Aleksander_Warma, lk 21
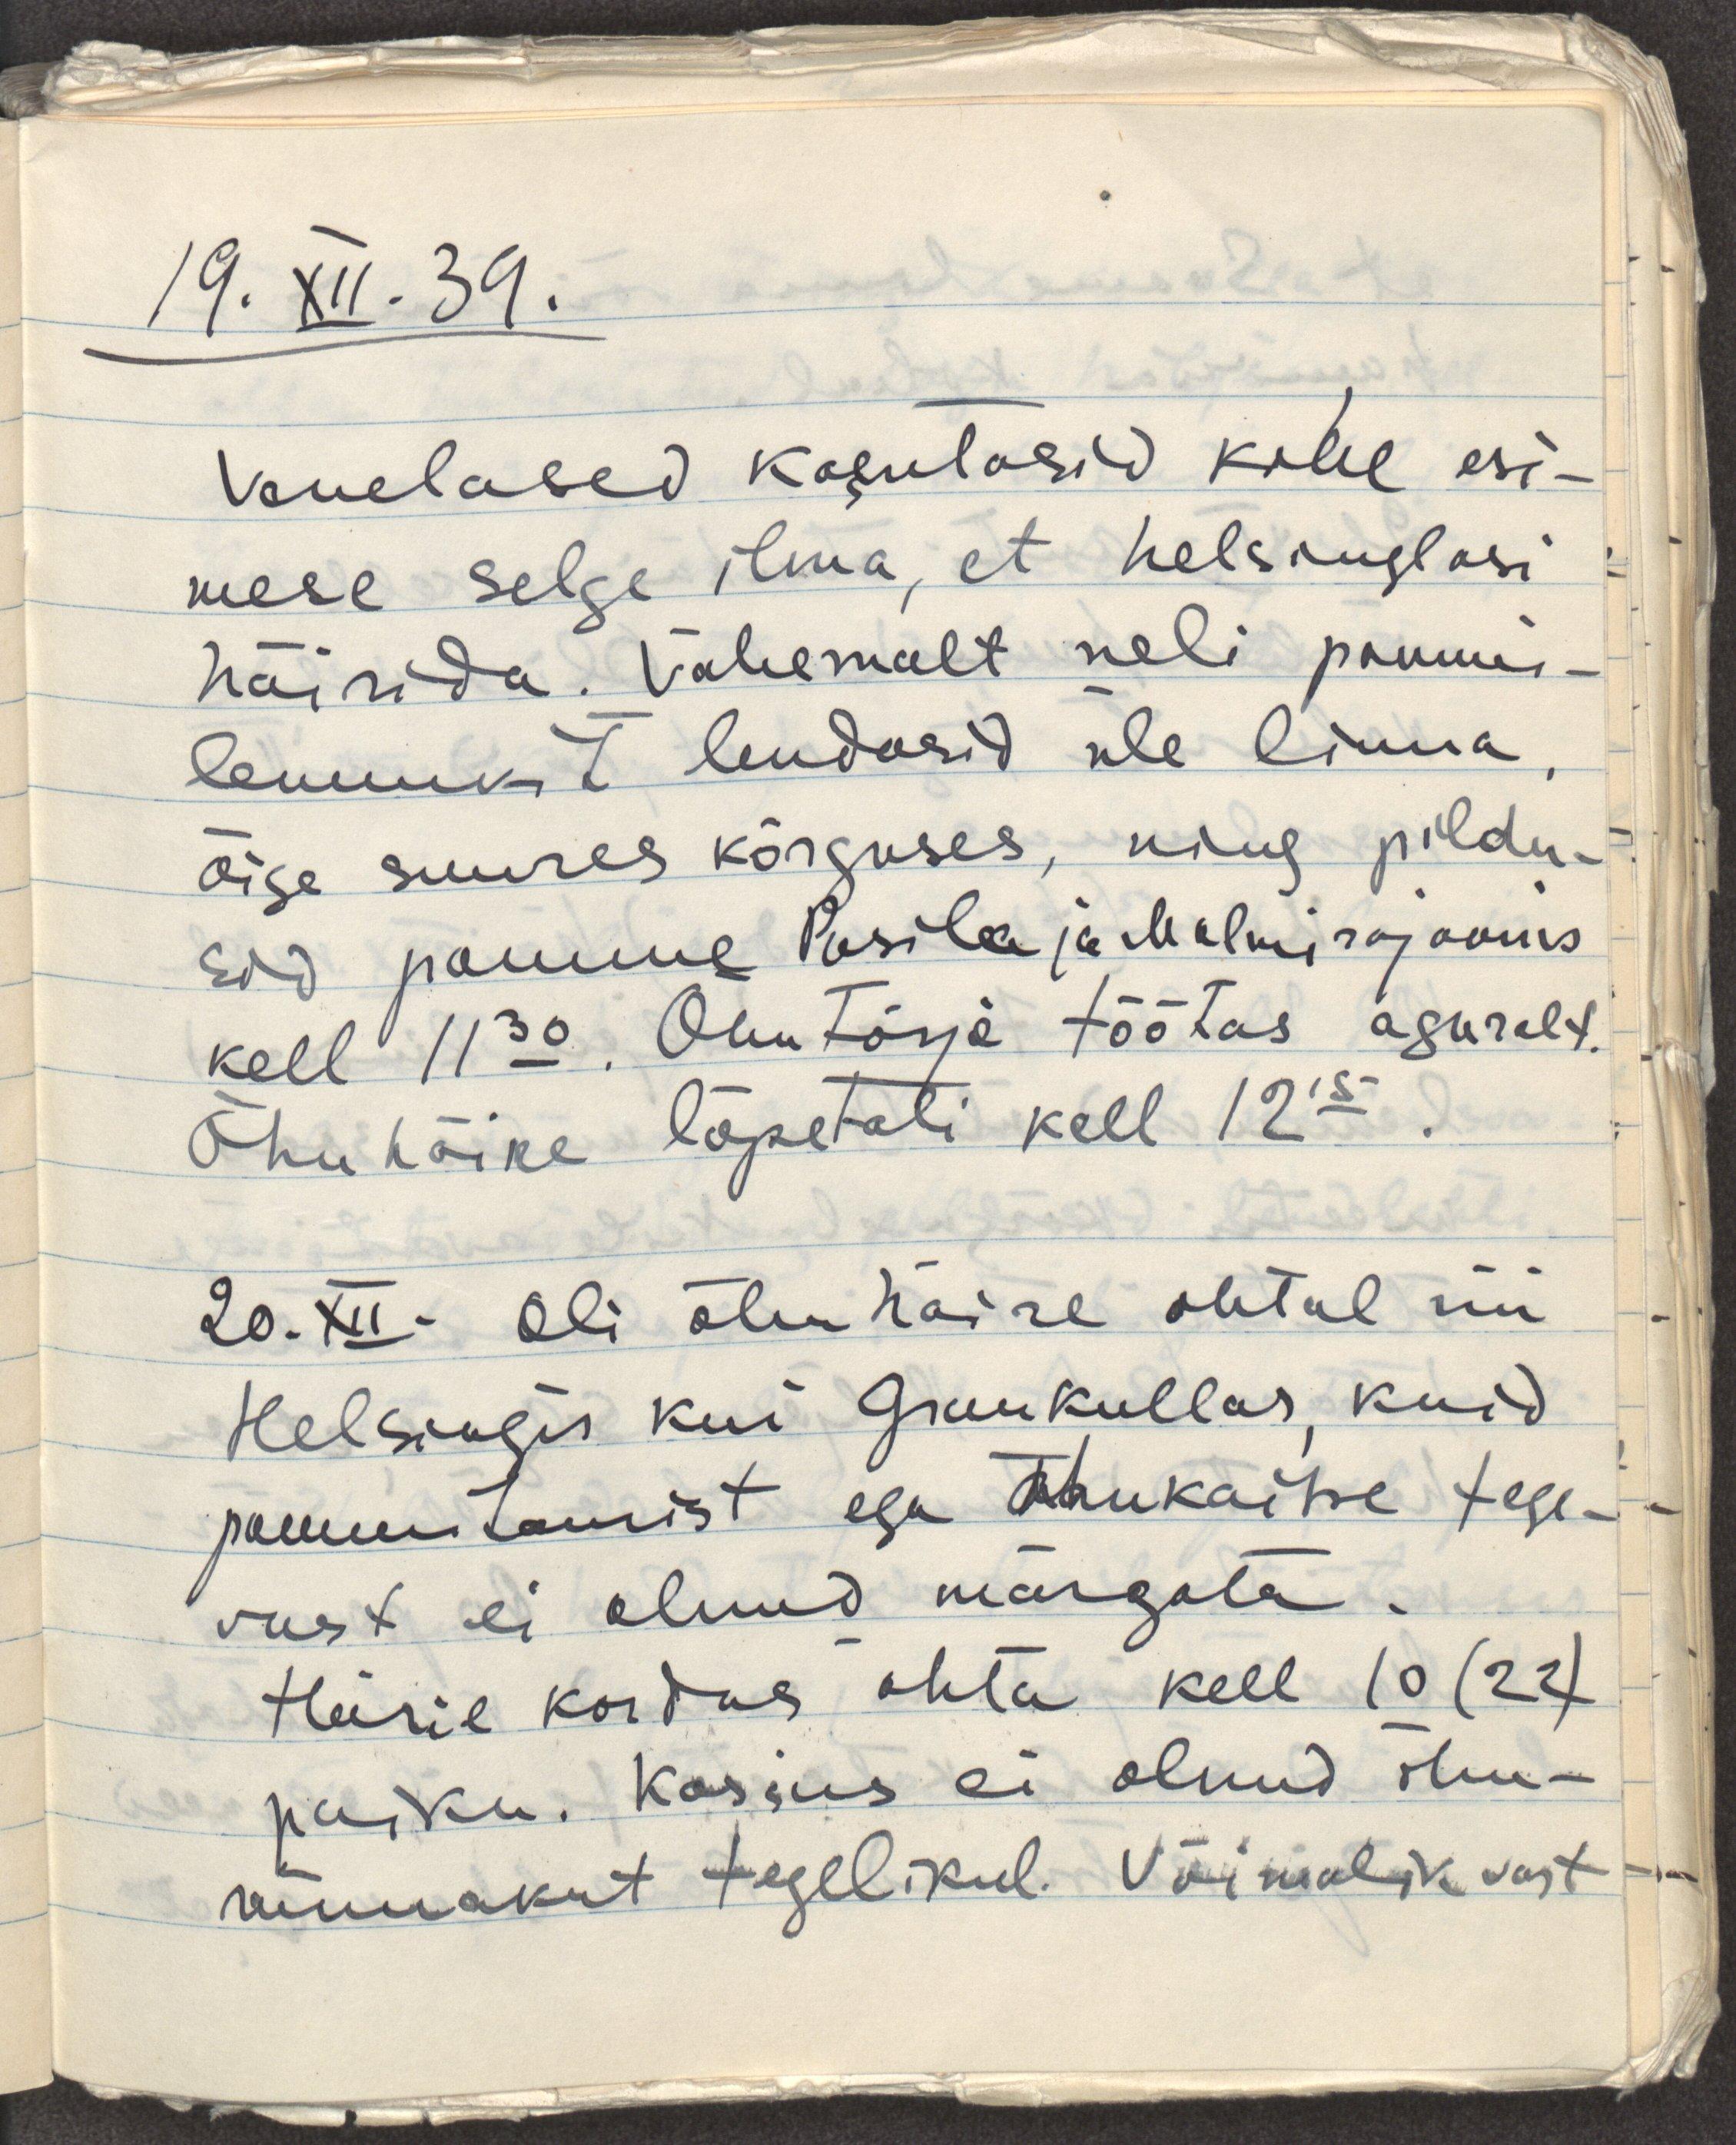
19.XII.39.
Venelased kasutasid kohe esi-
mese selge ilma, et helsinglasi
häirida. Vähemalt neli pommi-
lennukit lendasid üle linna,
õige suures kõrguses, ning pildu-
sid pomme Pasila ja Malmi rajoonis
kell 11.30. Õhutõrje töötas agaralt.
Õhuhäire lõpetati kell 12.15.
20.XII. Oli õhuhäire ohtul nii
Helsingis kui Grankullas, kuid
pommitamist ega õhukaitse tege-
vust ei olnud märgata.
Häire kordus ohtu kell 10(22)
paiku. Kosius ei olnud õhu-
rünnakut tegelikul. Võimalik vast